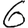
Digit: 6